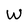
Character: W